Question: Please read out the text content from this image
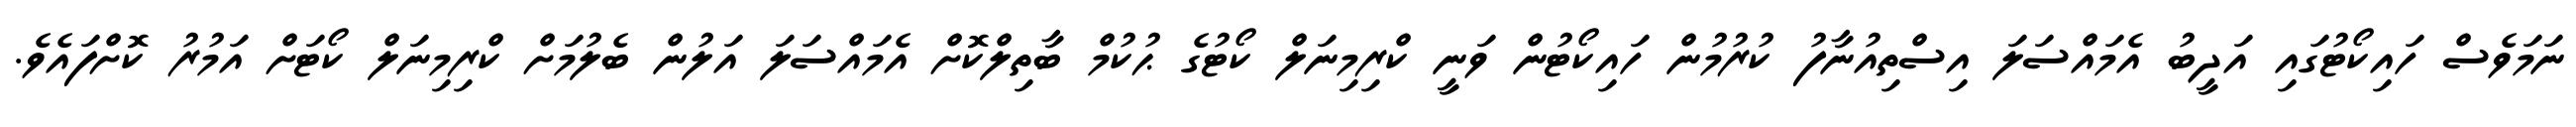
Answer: ނަމަވެސް ހައިކޯޓުގައި އަދީބު އެމައްސަލަ އިސްތިއުނާފު ކުރުމުން ހައިކޯޓުން ވަނީ ކްރިމިނަލް ކޯޓުގެ ޙުކުމް ބާތިލްކޮށް އެމައްސަލަ އަލުން ބެލުމަށް ކްރިމިނަލް ކޯޓަށް އަމުރު ކޮށްފައެވެ.